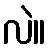
လဲ။